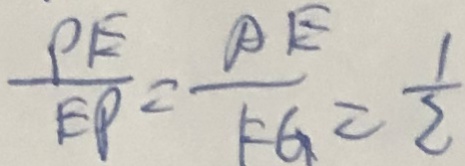
\frac { P E } { E P } = \frac { O E } { F G } = \frac { 1 } { 2 }